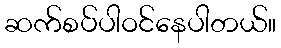
ဆက်စပ်ပါဝင်နေပါတယ်။